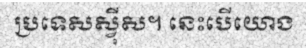
ប្រទេសស្វ៊ីស។ នេះបើយោង